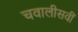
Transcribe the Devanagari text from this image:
चवालीसवीं